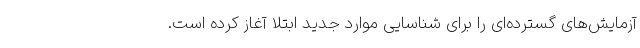
آزمایش‌های گسترده‌ای را برای شناسایی موارد جدید ابتلا آغاز کرده است.